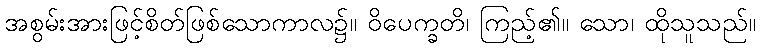
အစွမ်းအားဖြင့်စိတ်ဖြစ်သောကာလ၌။ ဝိပေက္ခတိ၊ ကြည့်၏။ သော၊ ထိုသူသည်။